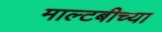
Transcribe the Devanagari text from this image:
माल्टबीच्या